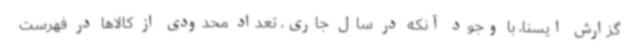
گزارش ایسنا، با وجود آنکه در سال جاری، تعداد محدودی از کالاها در فهرست